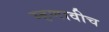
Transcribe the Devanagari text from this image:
म्हणावीच